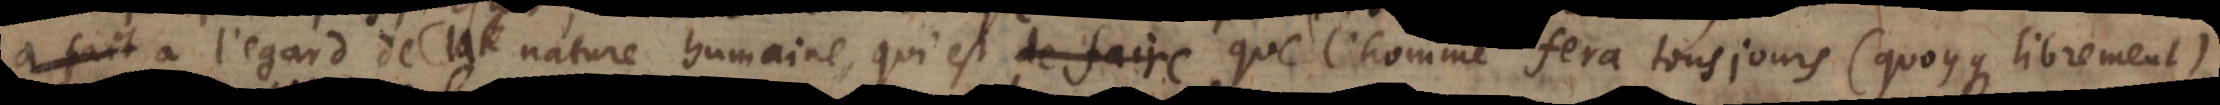
fait à l’egard de la nature humaine, qui est que l’homme fera tousjours (quoyque librement)